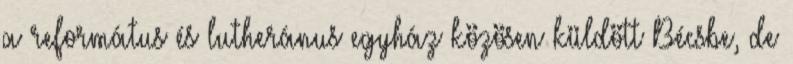
a református és lutheránus egyház közösen küldött Bécsbe, de